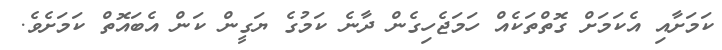
ކަމަށާއި އެކަމަށް ގޮތްތަކެއް ހަމަޖެހިގެން ދާނެ ކަމުގެ ޔަގީން ކަން އެބައޮތް ކަމަށެވެ.